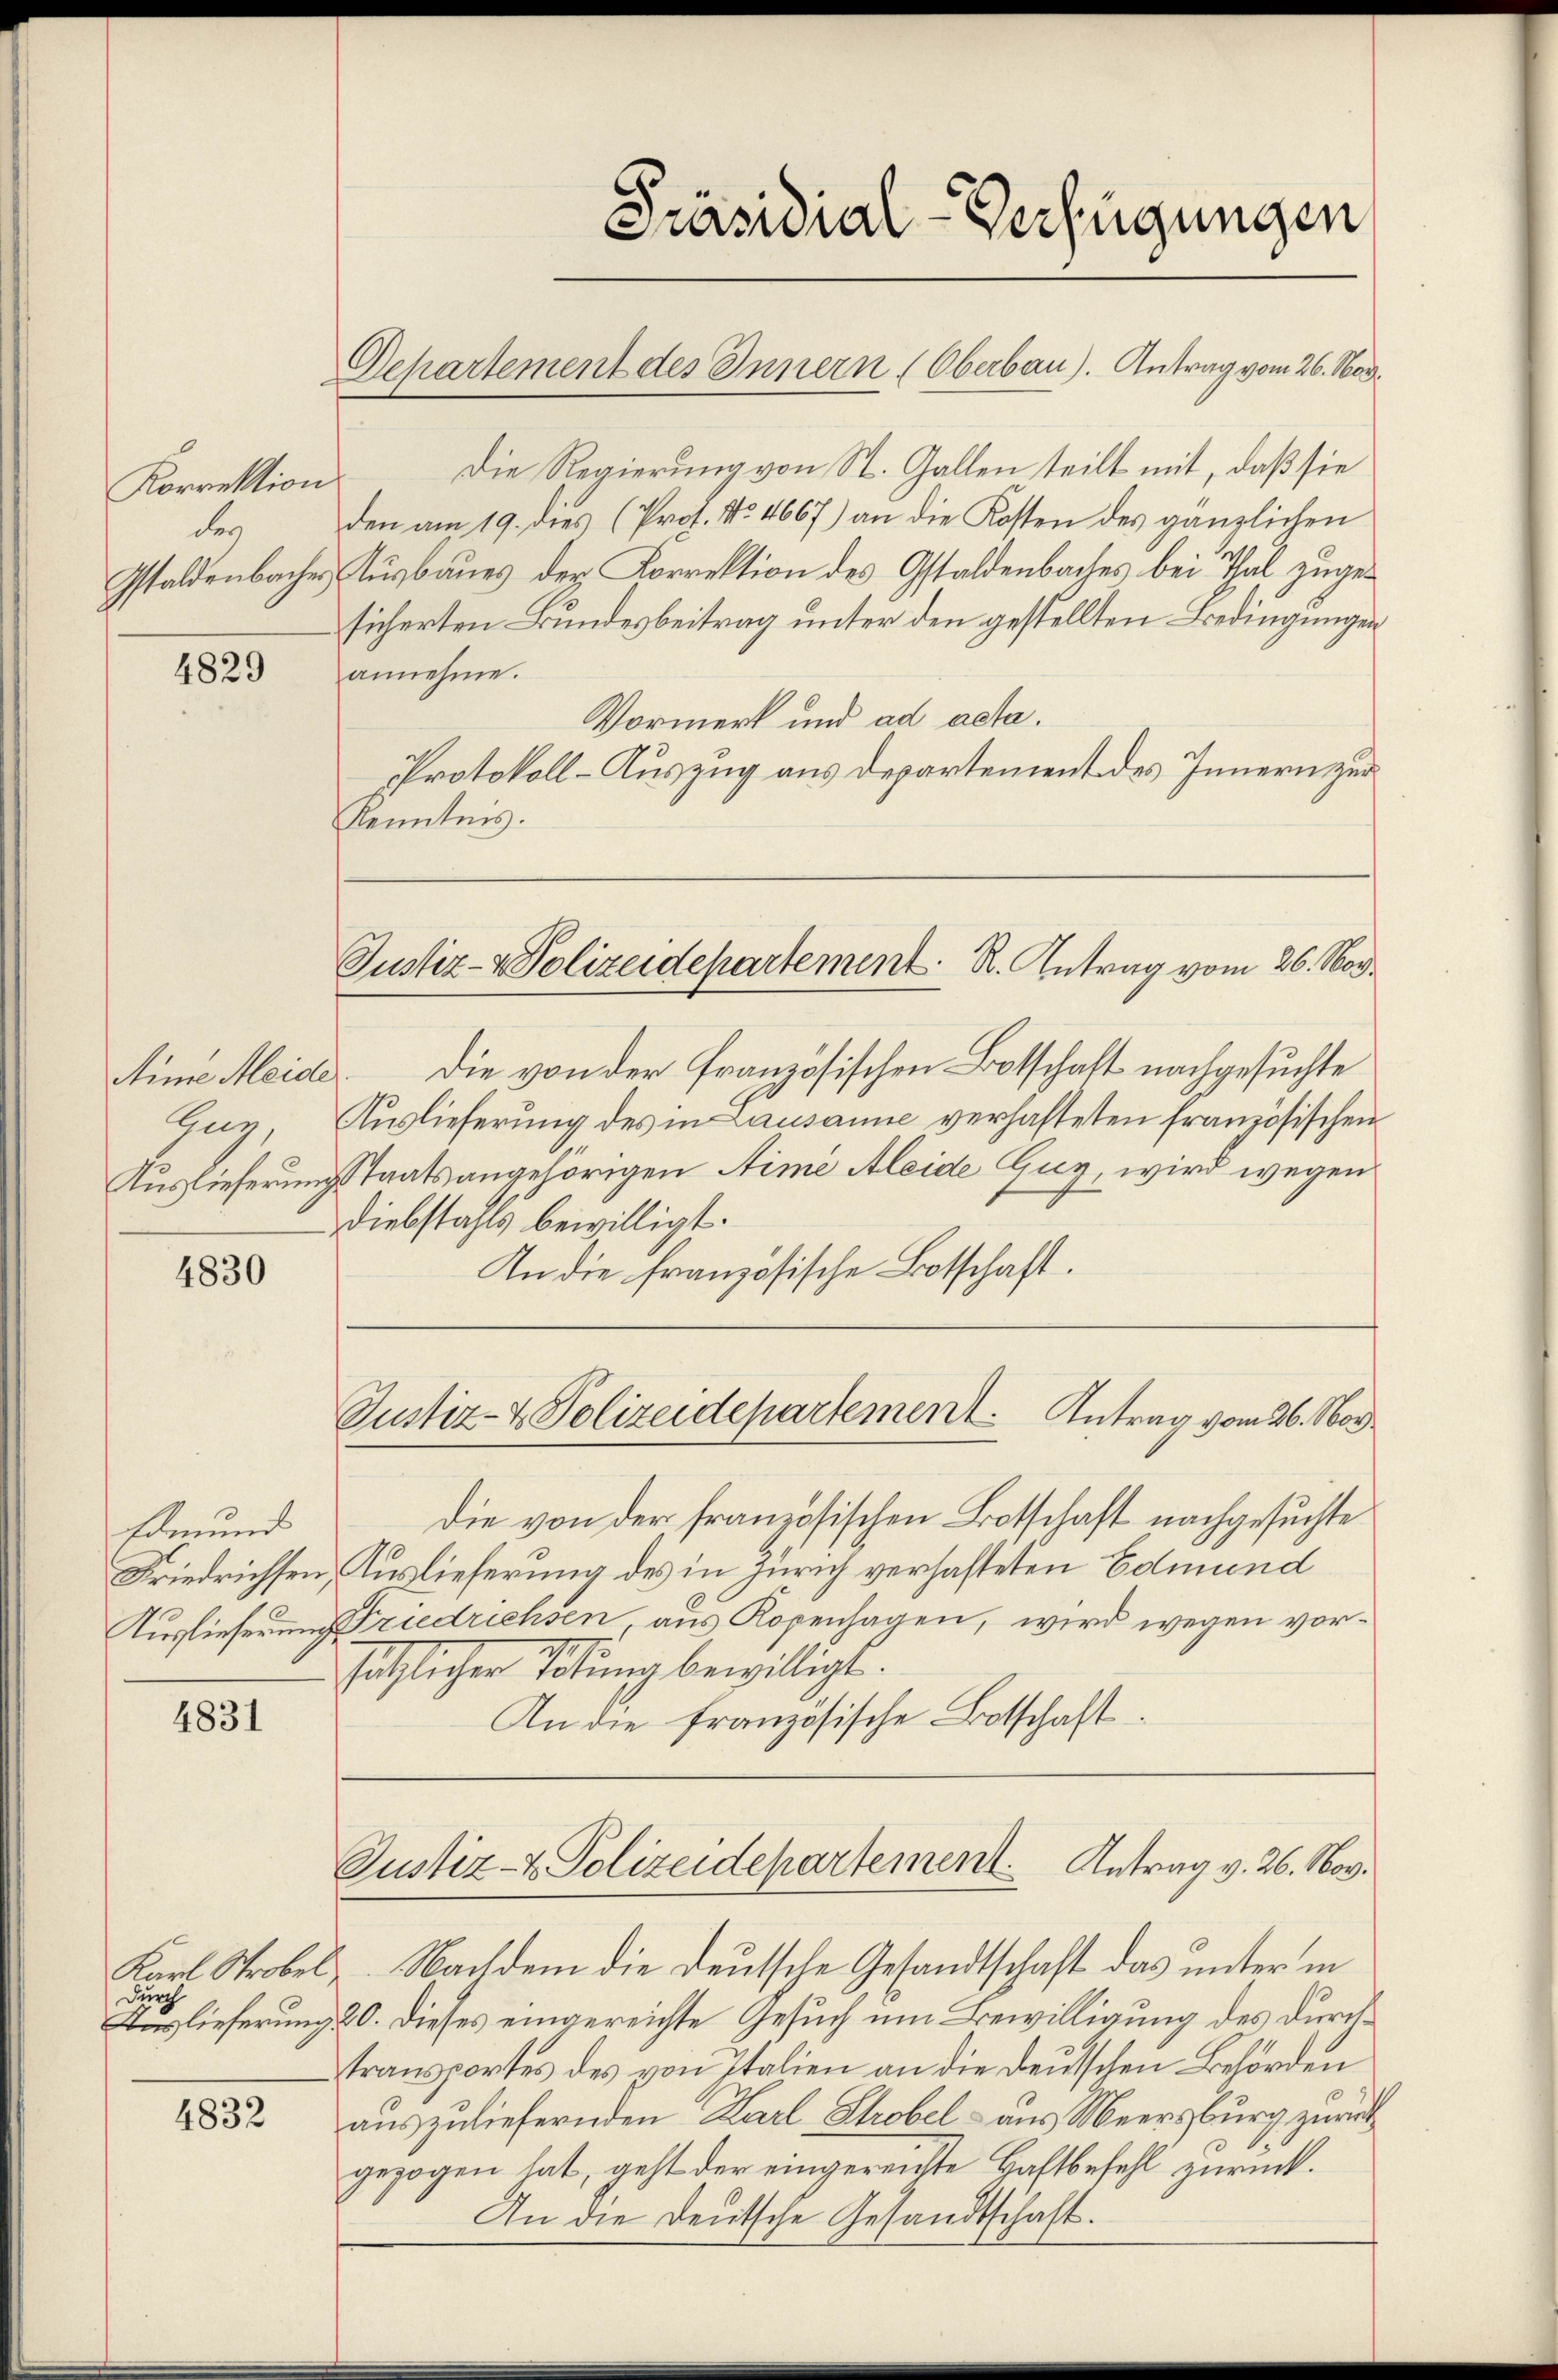
Korrektion
der
Gstaldenbacher,

4829

Aine Meide
Zug,
Auslieferung

4830

Edmund
Friedrichsen,
Zuslieferung

4831

Durch

4832

Die Regierung von St. Gallen teilt mit, daß sie
den am 19. dies (Prof. No. 4667) an die Kosten des gänzlichen
Ausbaues der Korrektion des Gstaldenbaches bei Thal zugesicherten Bundesbeitrag unter den gestellten Bedingungen
annehme.
Vormerk und ad acta.
Protokoll-Auszug aus Departement des Innern zur
Kenntnis.
die von der französischen Botschaft nachgesuchte
¬
Auslieferung des in Lausanne verhafteten französischen
Staatsangehörigen Nime Aleide Guy, wird wegen
Diebstahls bewilligt.
In die französische Botschaft.
Justiz- & Polizeidepartement. Antrag vom 26. Nov.
die von der französischen Botschaft nachgesuchte
Auslieferung des in Zürich verhafteten Edmund
Driedrichsen, aus Kopenhagen, wird wegen vor¬
.
sätzlicher Tötung bewilligt.
An die französische Botschaft.

Präsidial-Verfügungen

Departement des Innern (Oberbau). Antrag vom 26. Nov.

Justiz- & Polizeidepartement. R. Antrag vom 26. Nov.

Karl Strobel. Nachdem die deutsche Gesandtschaft das unter in
Auslieferung 20. Dieses eingereichte Gesuch um Bewilligung des durchtransportes des von Italien an die deutschen Behörden
auszuliefernden Karl Strobel - aus Meersburg zurück
gezogen hat, geht der eingereichte Haftbefehl zurück.
An die Deutsche Gesandtschaft.

Justiz- & Polizeidepartement. Antrag v. 26. Nov.